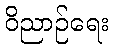
ဝိညာဉ်ရေး